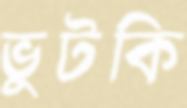
ভুটকি